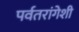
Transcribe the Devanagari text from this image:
पर्वतरांगेशी